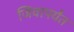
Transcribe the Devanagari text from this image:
जिवापर्यंत